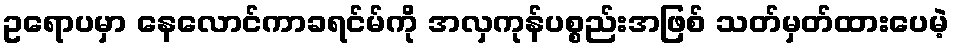
ဥရောပမှာ နေလောင်ကာခရင်မ်ကို အလှကုန်ပစ္စည်းအဖြစ် သတ်မှတ်ထားပေမဲ့